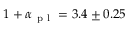
1 + \alpha _ { \mathrm { ~ p ~ l ~ } } = 3 . 4 \pm 0 . 2 5